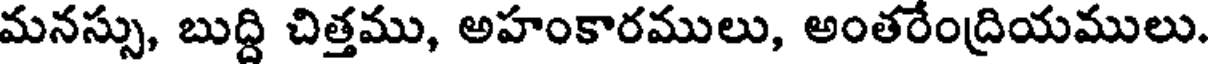
మనస్సు, బుద్ది చిత్తము, అహంకారములు, అంతరేంద్రియములు.